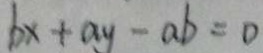
b x + a y - a b = 0